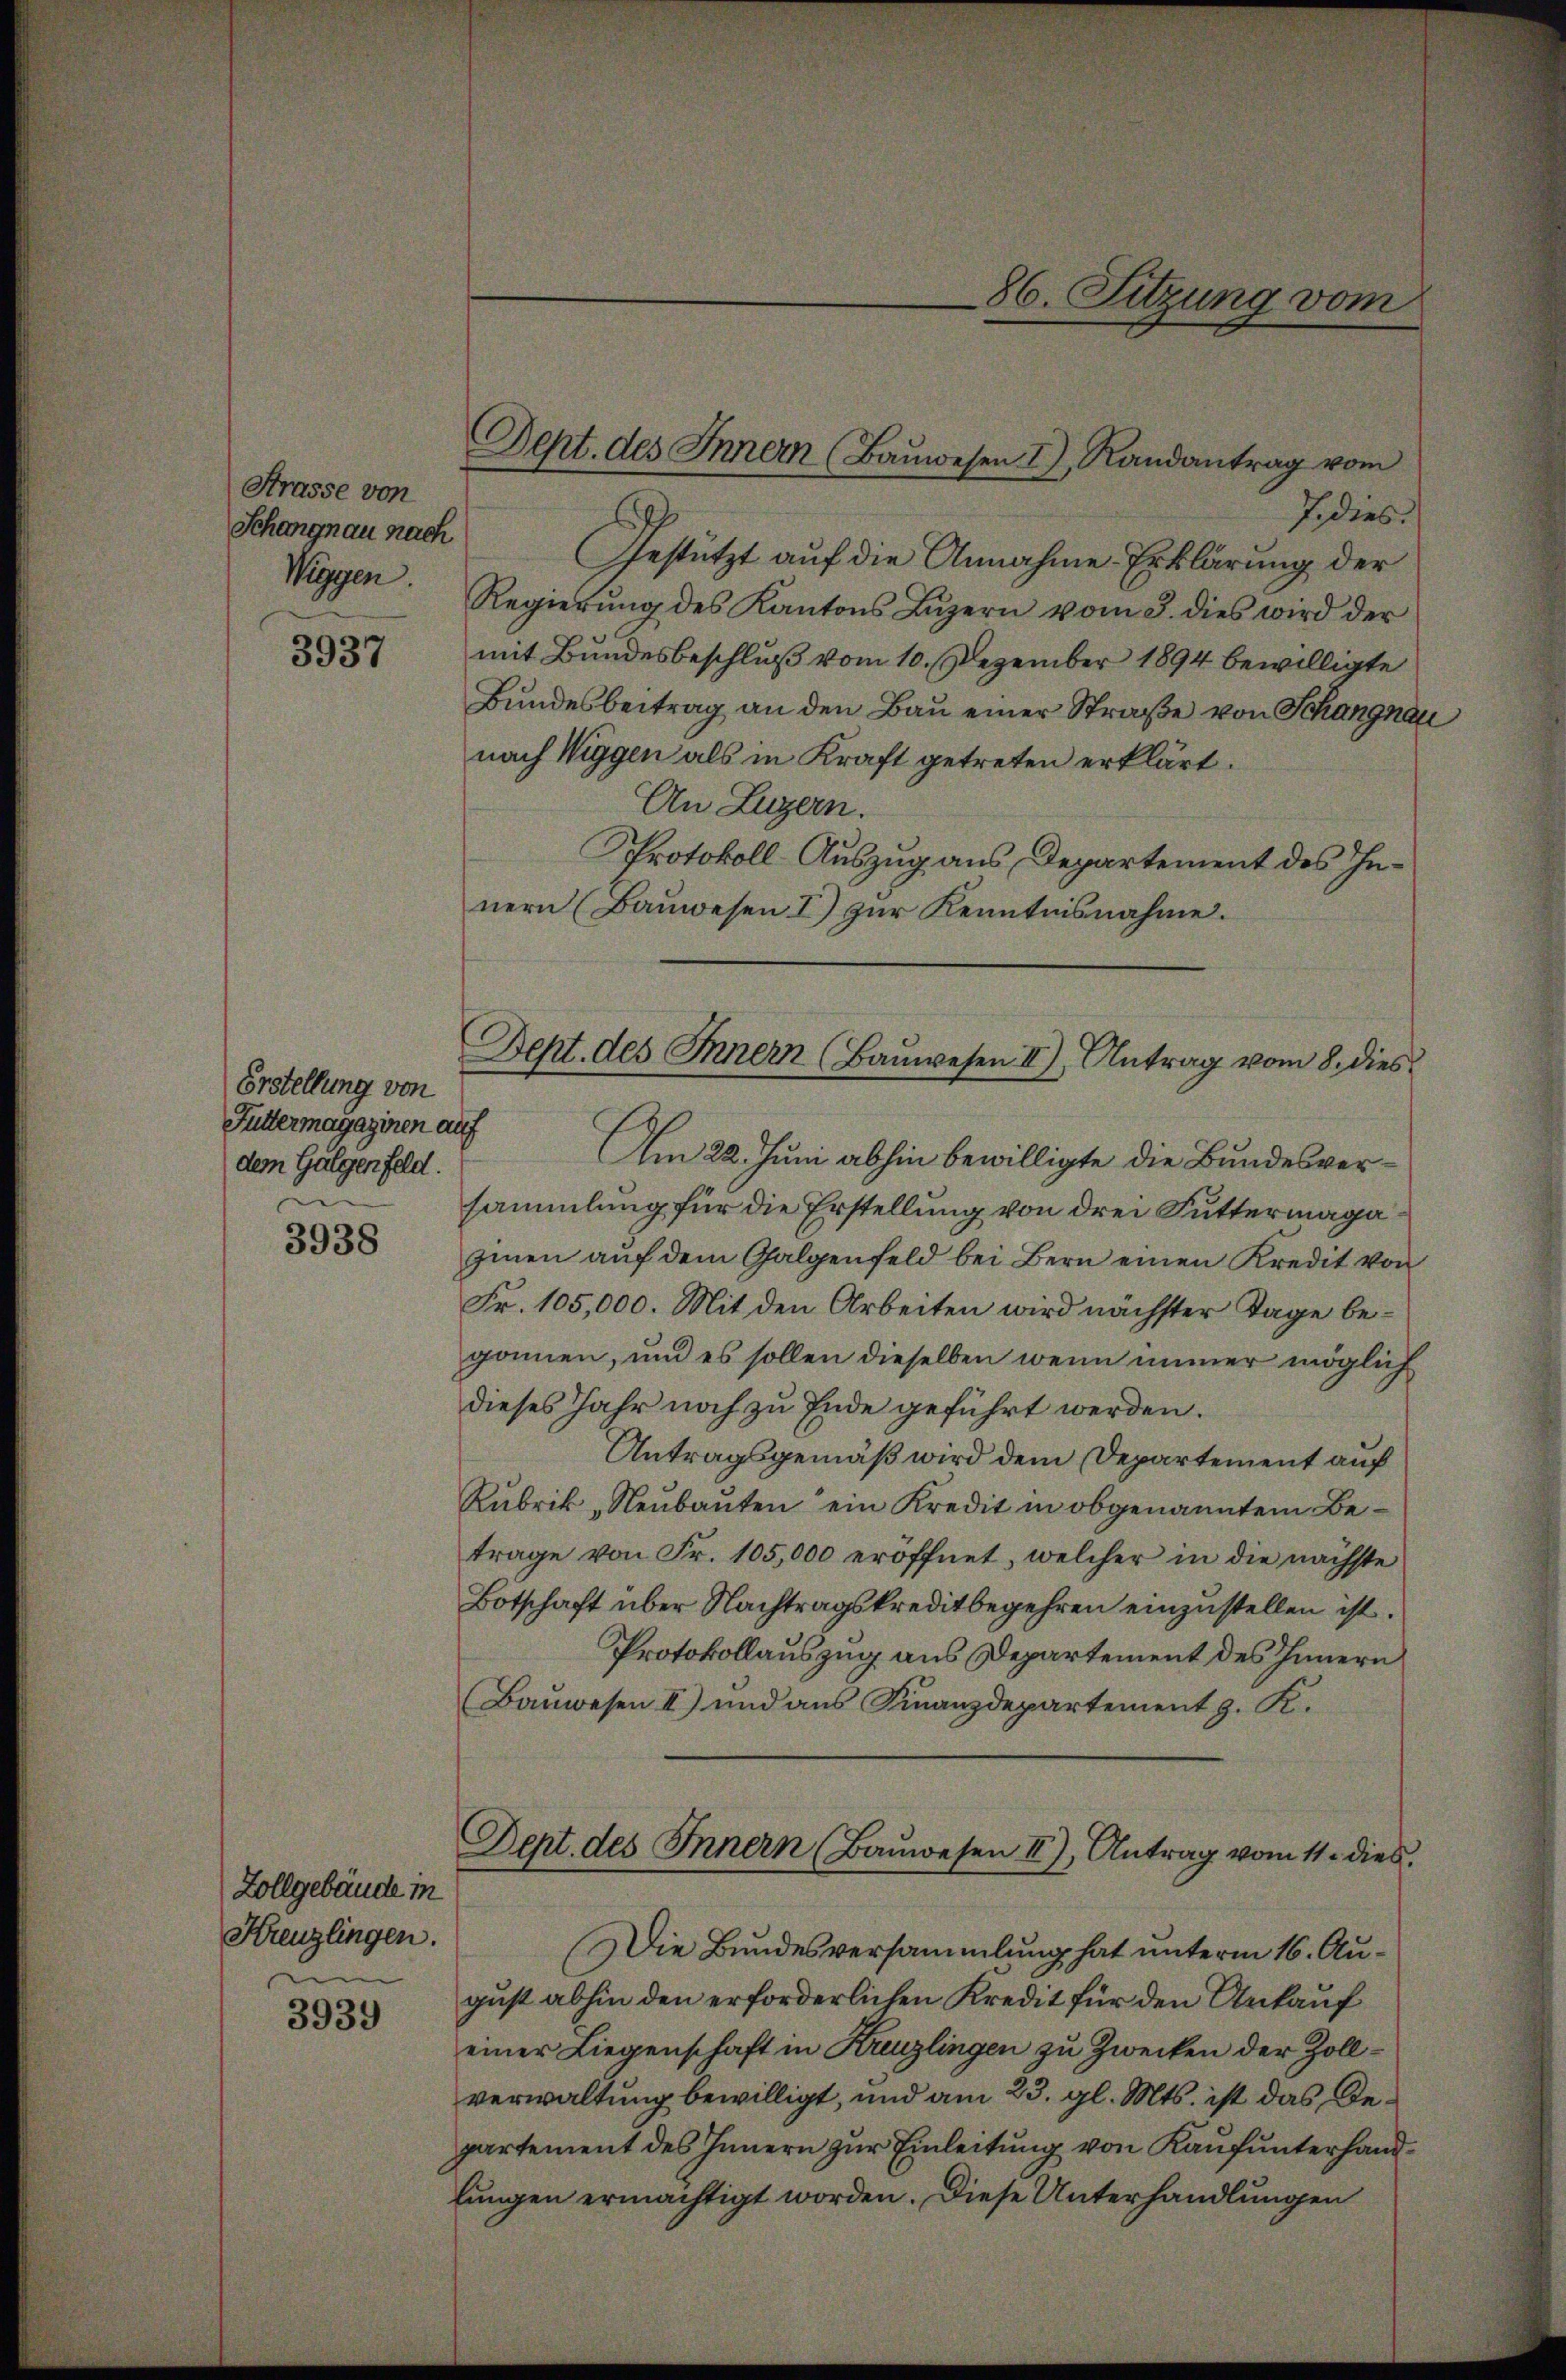
Strasse von
Schangnau nach
Wiggen.

3937

Erstellung von
Futtermagazinen auf
dem Galgenfeld.
.

3938

Zollgebäude in
Kreuzlingen.
am

3939

Dept. des Innern (Baŭwesen I, Randantrag vom

J. dies.
Gestützt auf die Annahme Erklärung der
Regierŭng des Kantons Lŭzern vom 3. dies wird der
mit Bundesbeschluß vom 10. Dezember 1894 bewilligte
Bundesbeitrag an den Bau einer Straße von Schangnau
nach Wiggen als in Kraft getreten erklärt.
An Luzern.
Protokoll-Auszug aus, Departement des Innern (Bauwesen I) zur Kenntnisnahme.
Am 22. Juni abhin bewilligte die Bundesversammlung für die Erstellung von drei Futtermagagien aŭf dem Galgenfeld bei Bern einen Kredit von
Fr. 105,000. Mit den Arbeiten wird nächster Tage begonnen, und es sollen dieselben wenn immer möglich
dieses Jahr noch zu Ende geführt werden.
Antragsgemäß wird dem Departement auf
Rubrik „Neubauten ein Kredit in obgenanntem Betrage von Fr. 105,000 eröffnet, welcher in die nächste
Botschaft über Nachtragskreditbegehren einzustellen ist.
Protokollauszug aus Departement des Innern
Bauwesen II) und aus Finanzdepartement z. K.
Dept. des Innern (Baŭwesen II), Antrag vom 11. dies
Die Bundesversammlung hat unterm 16. August abhin den erforderlichen Kredit für den Ankauf
einer Liegenschaft in Kreuzlingen zu Zwecken der Zollverwaltung bewilligt, und am 23. gl. Mts. ist das Departement des Innern zur Einleitung von Kaufunterhandlungen ermächtigt worden. Diese Unterhandlungen

86. Sitzung vom

Sept. des Innern (Baŭwesen II) Antrag vom 8. dies